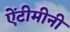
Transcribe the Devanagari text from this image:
ऐंटीमीनी